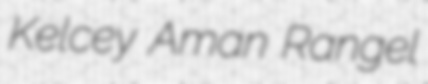
Kelcey Aman Rangel